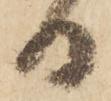
日